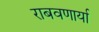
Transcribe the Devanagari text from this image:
राबवणार्या